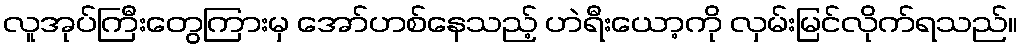
လူအုပ်ကြီးတွေကြားမှ အော်ဟစ်နေသည့် ဟဲရီးယော့ကို လှမ်းမြင်လိုက်ရသည်။